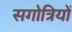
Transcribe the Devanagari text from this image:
सगोत्रियों